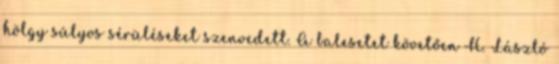
hölgy súlyos sérüléseket szenvedett. A balesetet követően H. László